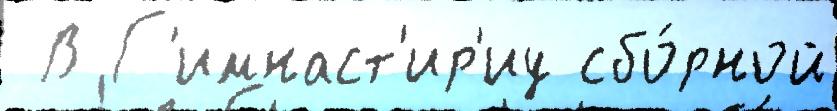
 В Г'имнаст'ир'иу сбо́рной